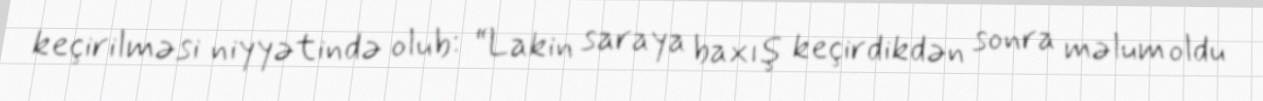
keçirilməsi niyyətində olub: “Lakin saraya baxış keçirdikdən sonra məlum oldu